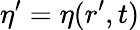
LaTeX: \eta^{\prime}=\eta(r^{\prime},t)